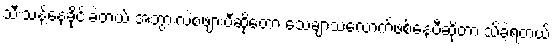
သီးသန့်နေခိုင်းခဲ့တယ် အဘွားလဲစဖျားပီဆိုတော့ သေချာသလောက်ဖစ်နေပီဆိုတာ သိခဲ့ရတယ်